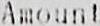
AMOUNT